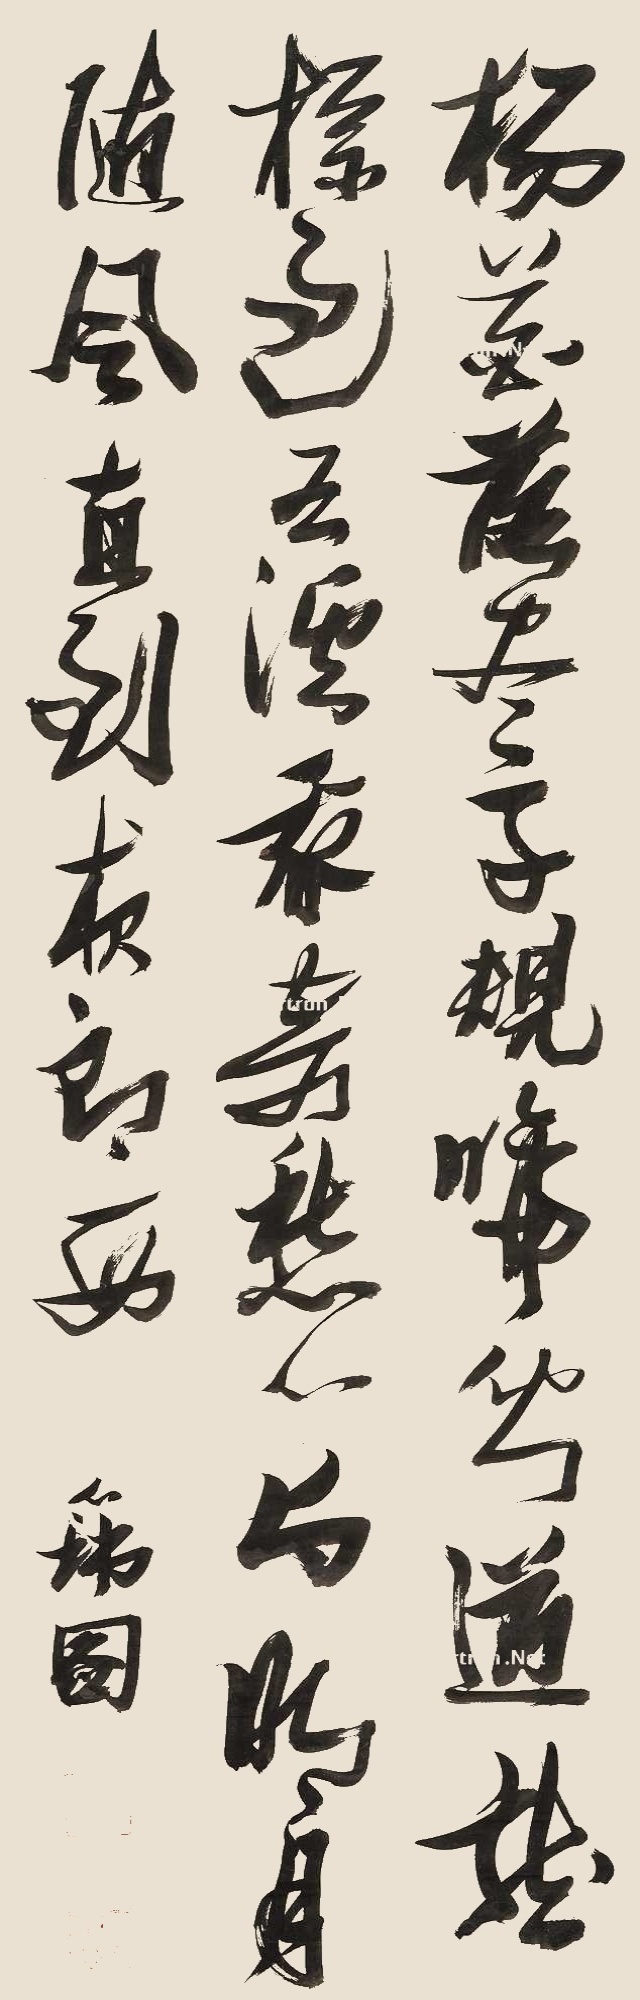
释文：杨花落尽子规啼，闻道龙标过五溪。我寄愁心与明月，随君直到夜郎西。瑞图。